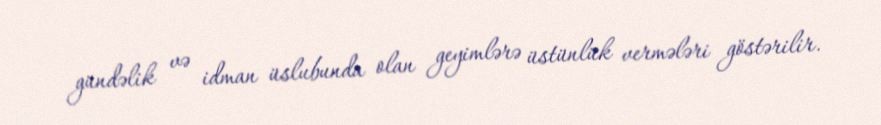
gündəlik və idman üslubunda olan geyimlərə üstünlük vermələri göstərilir.